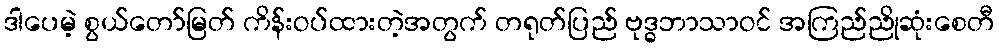
ဒါပေမဲ့ စွယ်တော်မြတ် ကိန်းဝပ်ထားတဲ့အတွက် တရုတ်ပြည် ဗုဒ္ဓဘာသာဝင် အကြည်ညိုဆုံးစေတီ